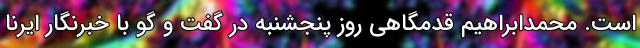
است. محمدابراهیم قدمگاهی روز پنجشنبه در گفت و گو با خبرنگار ایرنا